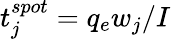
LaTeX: t_{j}^{spot}=q_{e}w_{j}/I